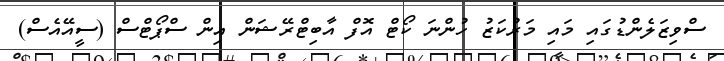
ސްވިޒަލެންޑުގައި މައި މަރުކަޒު ހުންނަ ކޯޓް އޮފް އާބިޓްރޭޝަން އިން ސްޕޯޓްސް (ސީއޭއެސް)